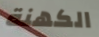
الكهنة